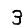
Digit: 3